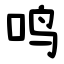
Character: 鸣